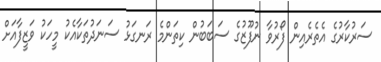
ސަރުކާރުގެ އެތެރެއިން ފޯރުވާ ނުފޫޒުގެ ސަބަބުން ކިތަންމެ ރަނގަޅު ސަނަދުތަކާއެކު މީހަކު ވަޒީފާއަށް